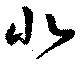
北